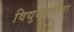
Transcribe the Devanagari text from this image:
विद्युदधारिता